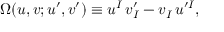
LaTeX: \Omega ( u , v ; u ^ { \prime } , v ^ { \prime } ) \equiv u ^ { I } \, v _ { I } ^ { \prime } - v _ { I } \, u ^ { \prime I } ,